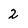
Character: 2